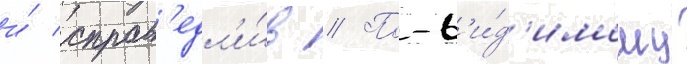
и́ справ'едл'и́в // По-в'и́д'имому